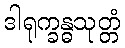
ဒါရုက္ခန္ဓသုတ္တံ